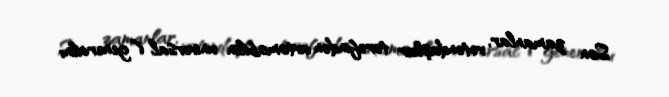
Son zamanlar, vətəndaşlar tərəfindən avtomobilin universal (“generalnı